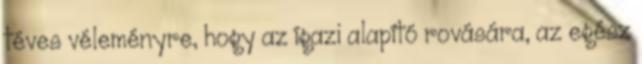
téves véleményre, hogy az ígazi alapító rovására, az egész